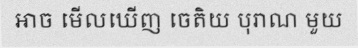
អាច មើលឃើញ ចេតិយ បុរាណ មួយ